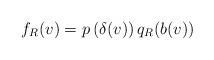
LaTeX: \begin{align*}f_R(v) = p\left( \delta(v) \right) q_R(b(v))\end{align*}